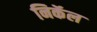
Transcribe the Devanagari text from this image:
निकॅल